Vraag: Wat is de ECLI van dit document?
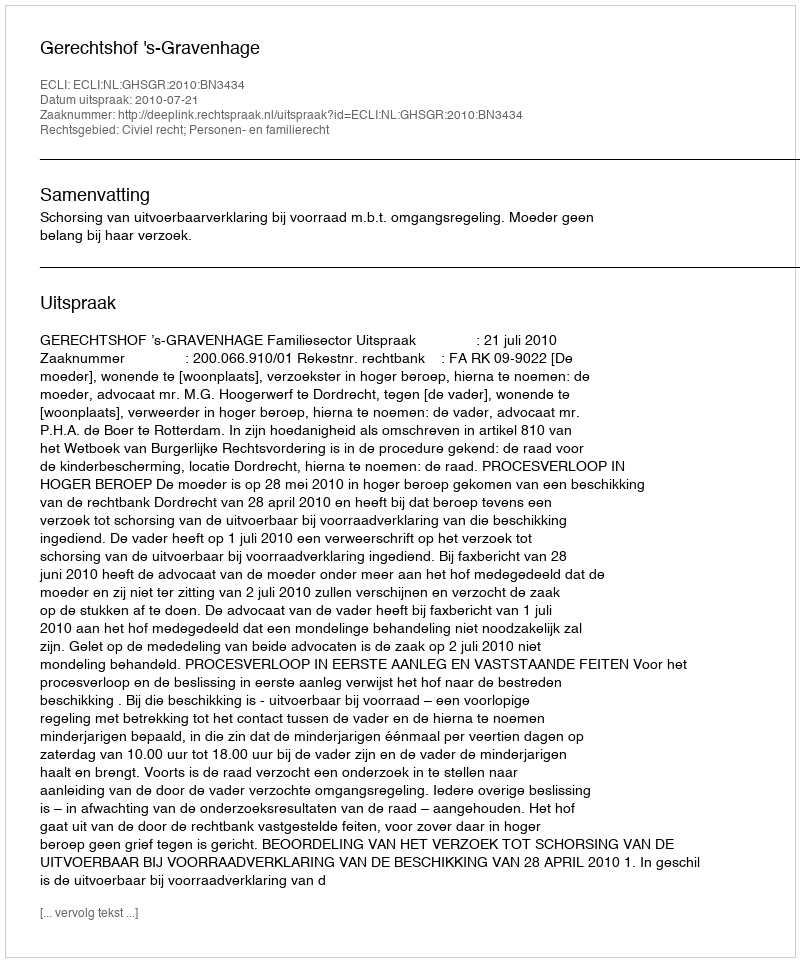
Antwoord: ECLI:NL:GHSGR:2010:BN3434